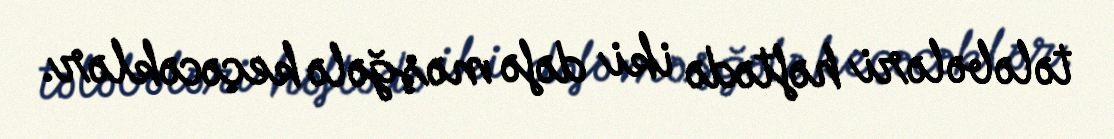
tələbələri həftədə iki dəfə məşğələ keçəcəklər.